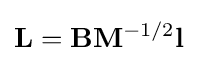
\mathbf {L} =\mathbf {B} \mathbf {M} ^{-1/2}\mathbf {l}